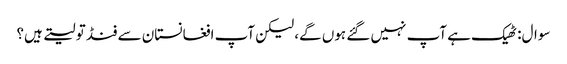
سوال: ٹھیک ہے آپ نہیں گئے ہوں گے، لیکن آپ افغانستان سے فنڈ تو لیتے ہیں؟